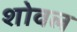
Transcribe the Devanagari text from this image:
शोवल